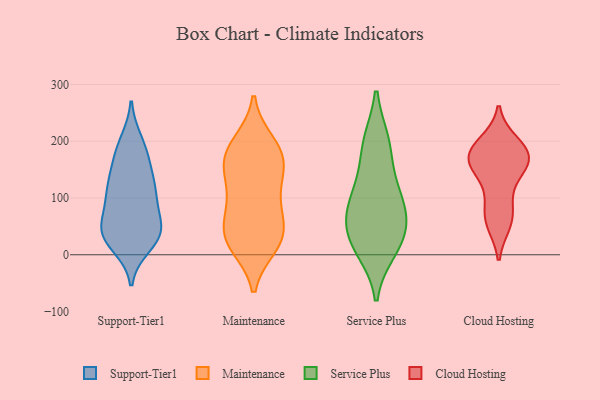
{"axis": {"x": "Shipments", "y": "Value"}, "legend": ["Cloud Hosting", "Maintenance", "Service Plus", "Support-Tier1"], "data": [{"x": "", "y": 199, "type": "Support-Tier1"}, {"x": "", "y": 107, "type": "Support-Tier1"}, {"x": "", "y": 149, "type": "Support-Tier1"}, {"x": "", "y": 92, "type": "Support-Tier1"}, {"x": "", "y": 40, "type": "Support-Tier1"}, {"x": "", "y": 31, "type": "Support-Tier1"}, {"x": "", "y": 99, "type": "Support-Tier1"}, {"x": "", "y": 179, "type": "Support-Tier1"}, {"x": "", "y": 17, "type": "Support-Tier1"}, {"x": "", "y": 144, "type": "Support-Tier1"}, {"x": "", "y": 121, "type": "Support-Tier1"}, {"x": "", "y": 38, "type": "Support-Tier1"}, {"x": "", "y": 188, "type": "Support-Tier1"}, {"x": "", "y": 33, "type": "Support-Tier1"}, {"x": "", "y": 44, "type": "Support-Tier1"}, {"x": "", "y": 53, "type": "Support-Tier1"}, {"x": "", "y": 109, "type": "Support-Tier1"}, {"x": "", "y": 42, "type": "Support-Tier1"}, {"x": "", "y": 161, "type": "Maintenance"}, {"x": "", "y": 28, "type": "Maintenance"}, {"x": "", "y": 104, "type": "Maintenance"}, {"x": "", "y": 198, "type": "Maintenance"}, {"x": "", "y": 16, "type": "Maintenance"}, {"x": "", "y": 43, "type": "Maintenance"}, {"x": "", "y": 161, "type": "Maintenance"}, {"x": "", "y": 84, "type": "Maintenance"}, {"x": "", "y": 152, "type": "Maintenance"}, {"x": "", "y": 146, "type": "Maintenance"}, {"x": "", "y": 193, "type": "Maintenance"}, {"x": "", "y": 32, "type": "Maintenance"}, {"x": "", "y": 92, "type": "Maintenance"}, {"x": "", "y": 50, "type": "Maintenance"}, {"x": "", "y": 16, "type": "Maintenance"}, {"x": "", "y": 182, "type": "Maintenance"}, {"x": "", "y": 90, "type": "Service Plus"}, {"x": "", "y": 93, "type": "Service Plus"}, {"x": "", "y": 135, "type": "Service Plus"}, {"x": "", "y": 47, "type": "Service Plus"}, {"x": "", "y": 10, "type": "Service Plus"}, {"x": "", "y": 32, "type": "Service Plus"}, {"x": "", "y": 21, "type": "Service Plus"}, {"x": "", "y": 79, "type": "Service Plus"}, {"x": "", "y": 197, "type": "Service Plus"}, {"x": "", "y": 196, "type": "Service Plus"}, {"x": "", "y": 189, "type": "Cloud Hosting"}, {"x": "", "y": 62, "type": "Cloud Hosting"}, {"x": "", "y": 110, "type": "Cloud Hosting"}, {"x": "", "y": 173, "type": "Cloud Hosting"}, {"x": "", "y": 57, "type": "Cloud Hosting"}, {"x": "", "y": 180, "type": "Cloud Hosting"}, {"x": "", "y": 170, "type": "Cloud Hosting"}, {"x": "", "y": 196, "type": "Cloud Hosting"}, {"x": "", "y": 154, "type": "Cloud Hosting"}, {"x": "", "y": 163, "type": "Cloud Hosting"}, {"x": "", "y": 72, "type": "Cloud Hosting"}, {"x": "", "y": 156, "type": "Cloud Hosting"}]}